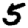
Digit: 5